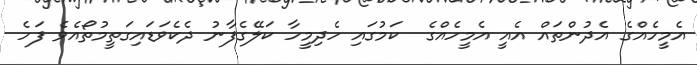
އެމީހެއްގެ އެދުންތައް އެއީ އެމީހެއްގެ  ކަމުގައި ހެދިމީހާ ކަލޭގެފާނު ދެކެވަޑައިގަތީމުތޯއެވެ ފަހެ